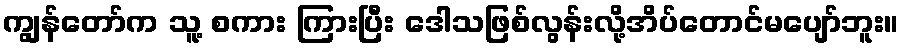
ကျွန်တော်က သူ့ စကား ကြားပြီး ဒေါသဖြစ်လွန်းလို့အိပ်တောင်မပျော်ဘူး။